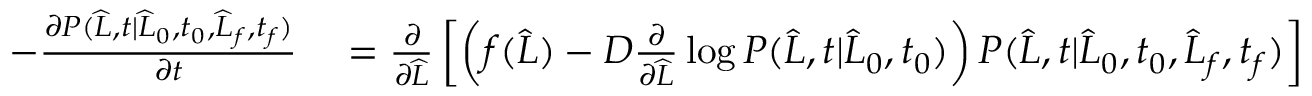
\begin{array} { r l } { - \frac { \partial P ( \widehat { L } , t | \widehat { L } _ { 0 } , t _ { 0 } , \widehat { L } _ { f } , t _ { f } ) } { \partial t } } & { { } = \frac { \partial } { \partial \widehat { L } } \left[ \left( f ( \widehat { L } ) - D \frac { \partial } { \partial \widehat { L } } \log P ( \widehat { L } , t | \widehat { L } _ { 0 } , t _ { 0 } ) \right) P ( \widehat { L } , t | \widehat { L } _ { 0 } , t _ { 0 } , \widehat { L } _ { f } , t _ { f } ) \right] } \end{array}